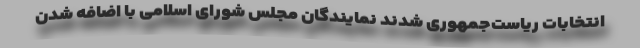
انتخابات ریاست‌جمهوری شدند نمایندگان مجلس شورای اسلامی با اضافه شدن